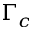
\Gamma _ { c }